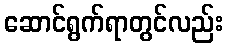
ဆောင်ရွက်ရာတွင်လည်း